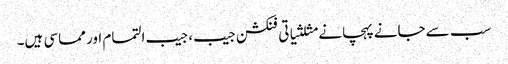
سب سے جانے پہچانے مثلثیاتی فنکشن جیب، جیب التمام اور مماسی ہیں۔